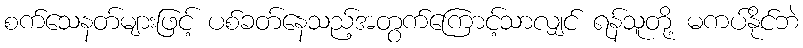
စက်သေနတ်များဖြင့် ပစ်ခတ်နေသည့်အတွက်ကြောင့်သာလျှင် ရန်သူတို့ မကပ်နိုင်ဘဲ